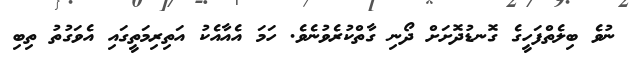
ނުވެ ބިލެތްފަހީގެ ގޮނޑުދޮށަށް ދޯނި ގާތްކުރެވުނެވެ. ހަމަ އެއާއެކު އަތިރިމަތީގައި އެވަގުތު ތިބި